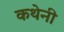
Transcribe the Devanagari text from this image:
कथेनी